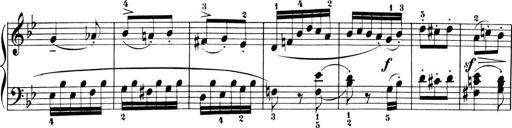
Title: 6 Piano Sonatinas
Composer: Cornelius Gurlitt